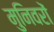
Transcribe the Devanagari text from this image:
मुनिवरों